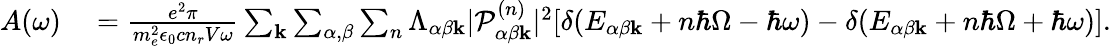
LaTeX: \begin{array}{rl}{A(\omega)}&{{}=\frac{e^{2}\pi}{m_{e}^{2}\epsilon_{0}cn_{r}V\omega}\sum_{\mathbf{k}}\sum_{\alpha,\beta}\sum_{n}\Lambda_{\alpha\beta\mathbf{k}}|\mathcal{P}_{\alpha\beta\mathbf{k}}^{(n)}|^{2}[\delta(E_{\alpha\beta\mathbf{k}}+n\hbar\Omega-\hbar\omega)-\delta(E_{\alpha\beta\mathbf{k}}+n\hbar\Omega+\hbar\omega)].}\end{array}